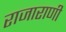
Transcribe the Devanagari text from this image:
राजाराणी